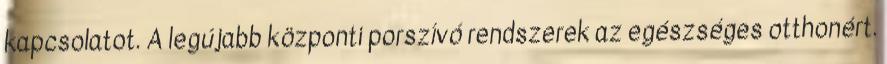
kapcsolatot. A legújabb központi porszívó rendszerek az egészséges otthonért.